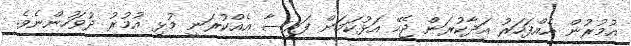
އުމުރުން އެއްފަހަރު އަދާކުރަން ޖެހޭ އަޅުކަމަށް ފައިސާ އެއްކުރަނީ މުޅި އުމުރު ދުވަހުންނެވެ.